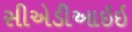
સીએડીઆઇઇ